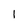
Character: 1